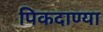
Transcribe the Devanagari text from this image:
पिकदाण्या